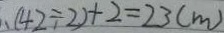
( 4 2 \div 2 ) + 2 = 2 3 ( m )